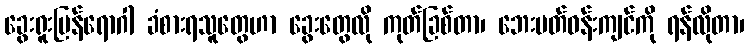
ခွေးရူးပြန်ရောဂါ ခံစားရသူတွေဟာ ခွေးတွေလို ကုတ်ခြစ်တာ၊ ဘေးပတ်ဝန်းကျင်ကို ရန်လိုတာ၊